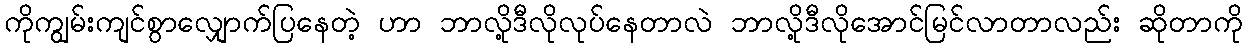
ကိုကျွမ်းကျင်စွာလျှောက်ပြနေတဲ့ ဟာ ဘာလို့ဒီလိုလုပ်နေတာလဲ ဘာလို့ဒီလိုအောင်မြင်လာတာလည်း ဆိုတာကို